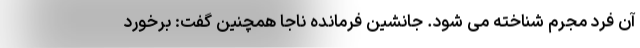
آن فرد مجرم شناخته می شود. جانشین فرمانده ناجا همچنین گفت: برخورد